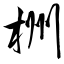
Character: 栦